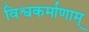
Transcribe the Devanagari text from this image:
विश्वकर्माणाम्